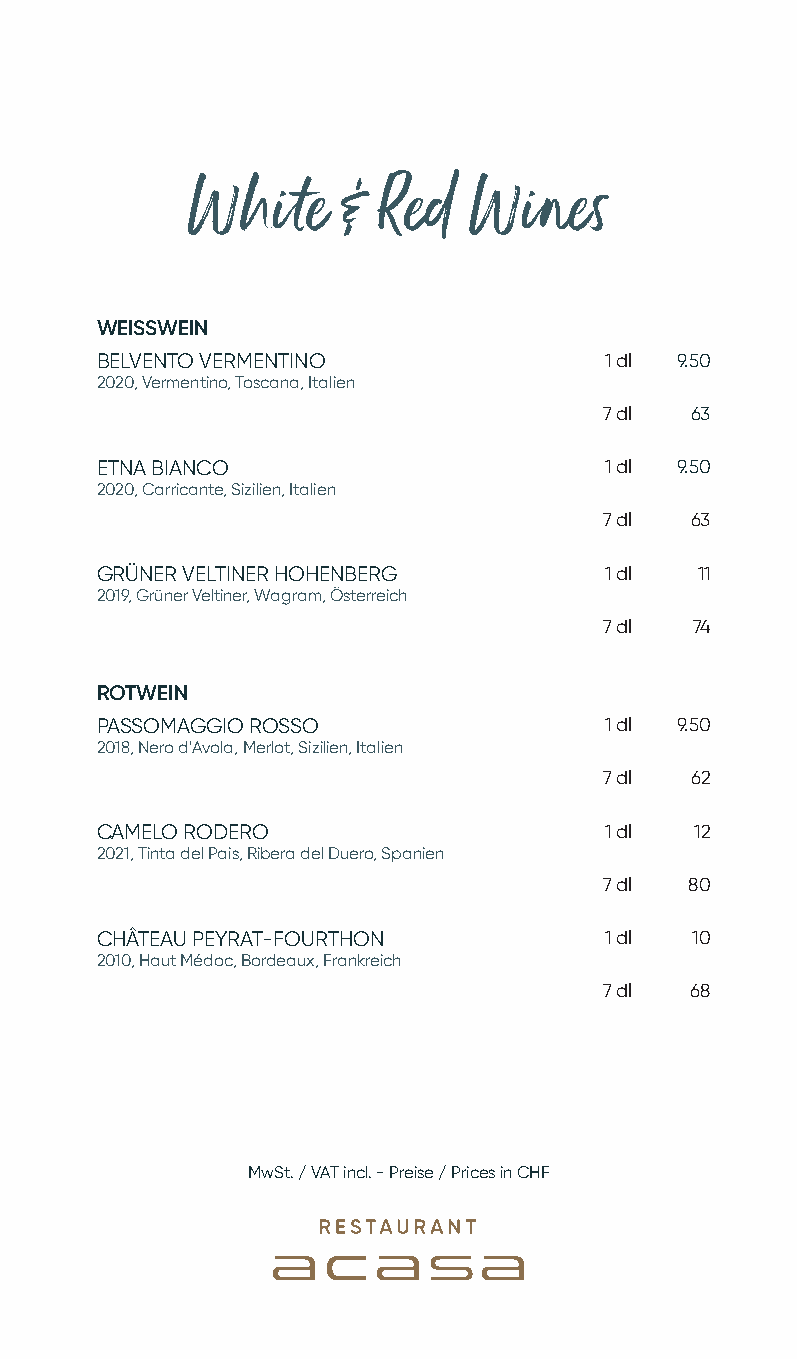
White      & Red   Wines
 WEISSWEIN
 BELVENTO VERMENTINO               1 dl 9.50
 2020, Vermentino, Toscana, Italien
 7 dl  63
 ETNA BIANCO                       1 dl 9.50
 2020, Carricante, Sizilien, Italien
 7 dl  63
 GRÜNER VELTINER HOHENBERG         1 dl  11
 2019, Grüner Veltiner, Wagram, Österreich
 7 dl  74
 ROTWEIN
 PASSOMAGGIO ROSSO                 1 dl 9.50
 2018, Nero d'Avola, Merlot, Sizilien, Italien
 7 dl  62
 CAMELO RODERO                     1 dl  12
 2021, Tinta del Pais, Ribera del Duero, Spanien
 7 dl 80
 CHÂTEAU PEYRAT-FOURTHON           1 dl  10
 2010, Haut Médoc, Bordeaux, Frankreich
 7 dl  68
 MwSt. / VAT incl. - Preise / Prices in CHF